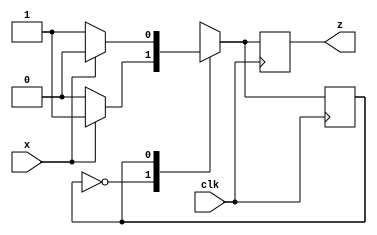
`timescale 10ns/1ns

module parity_gen(
	input x,
    input clk,
    output reg z
);
  
localparam EVEN = 0, ODD = 1;
reg state = 0;
  
always @ (posedge clk) begin

  case(state)

    EVEN: begin
      z <= x ? 1 : 0;
      state <= x ? ODD : EVEN;
    end

    ODD: begin
      z <= x ? 0 : 1;
      state <= x ? EVEN : ODD;
    end

    default: state <= EVEN;

  endcase

end
  
endmodule